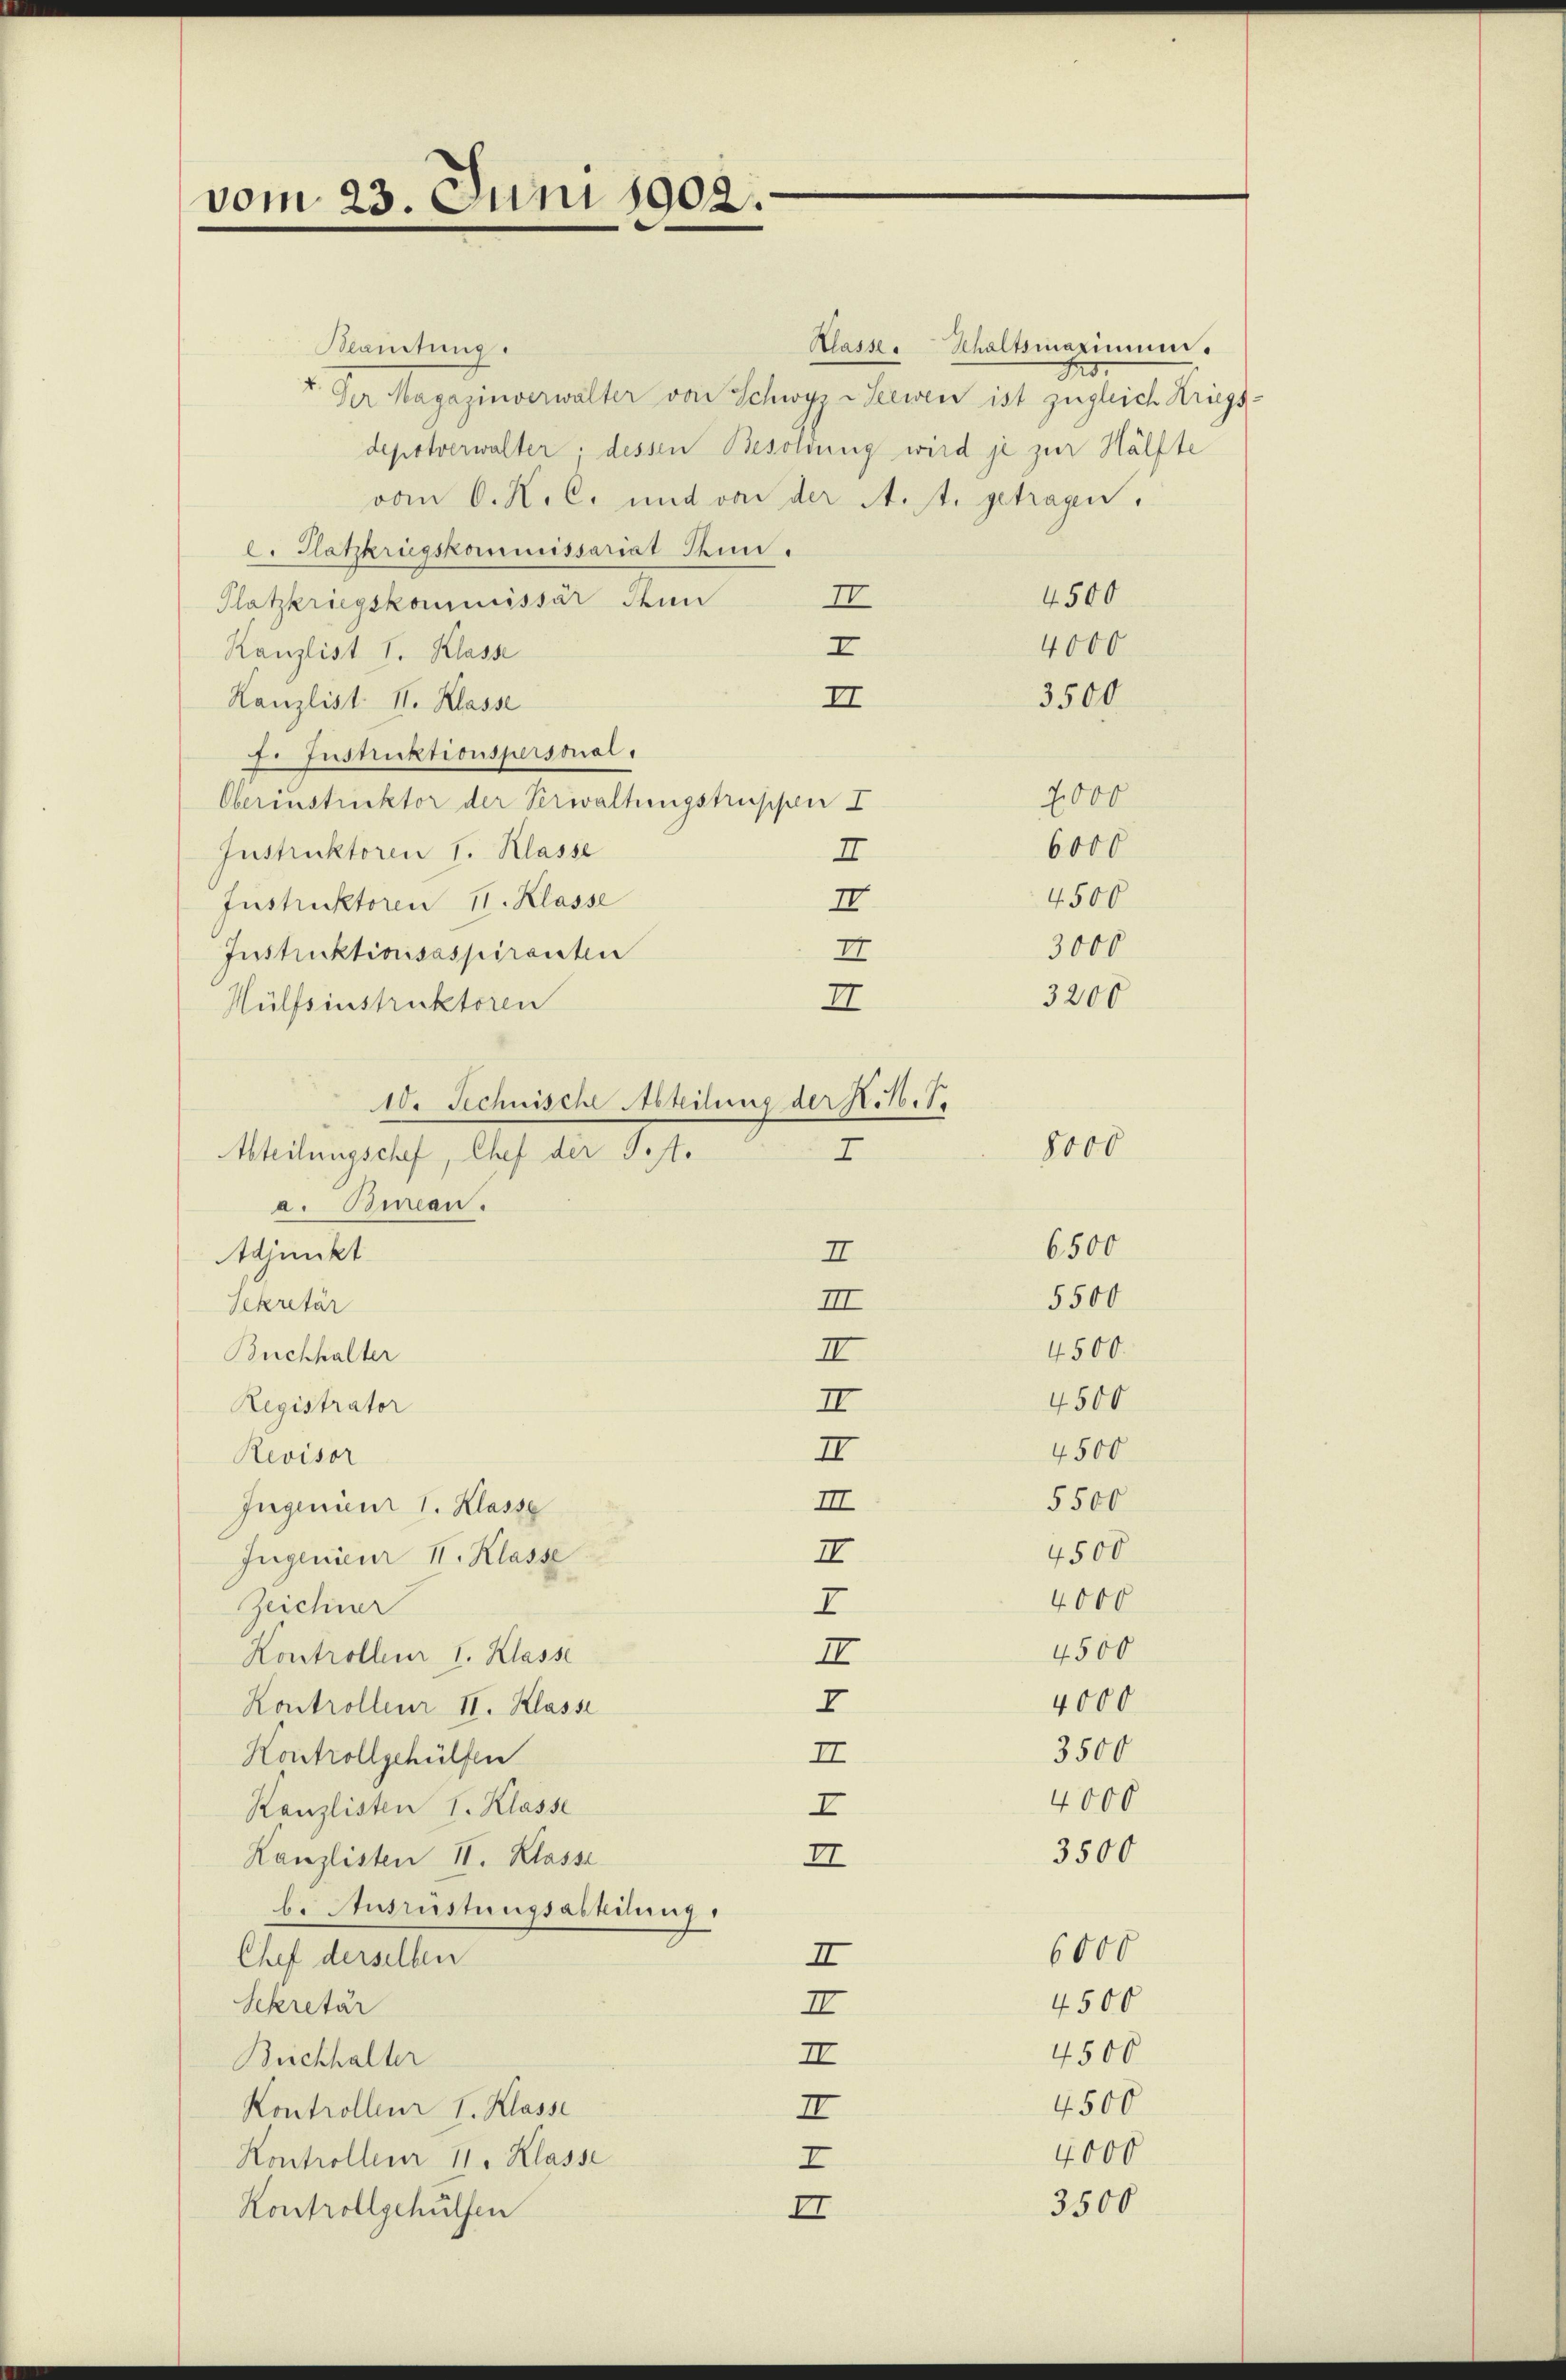
vom 23. Juni 1902.

Klamtung.
Klasse. Schaltsmaximum.
fes.
Der Magazinverwalter von Schwyz -Seewen ist zugleich Krieg,
depotverwalter: dessen Besoldung wird je zur Hälfte
vom 6. K. C. und von der A. t. getragen.
l. Hatkrügskommissariat Thun.
4500
II
Platzkriegskommissär Stun
4000
I
Kanzlist I. Klasse
3500
II
Kanzlist. II. Klasse
7. Instruktionspersonal
2,000
Oberinstruktor der Verwaltungstrassen I
6000
Instruktoren 1. Klasse
I
4500
Instruktoren 11. Klasse
II
3000
II
Instruktionsaspiranten
3200
Hülfsinstruktoren
Abteilungschef, Chef der Test.
a. Bureau.
Adjunkt
Sekretär
Buchhalter
Registrator
4500
II
Revisor
5500
III
Jugenieur 1. Klasse
4500
II
Ingenieur II. Klasse
4000
I
Zeichner
4500
II
Kontrolleur I. Klasse
4000
I
Kontrolleur II. Klasse
3500
II
Kontrollgehülfen
4000
I
Kanzlisten I. Klasse
3500
Kanzlisten II. Klasse
II
b. Ausrüstungsabtilung,
6000
II
Chef derselben
4500
II
Sekretär
4500
II
Buchhalter
4500
Kontrolleur I. Klasse
II
4000
Kontrollenr 11. Klasse
I
3500
Kontrollgehülfen
I

I
10. Technische Abteilung der N. N. 1.
8400
7
6500
I
5500
III
4500.
II
4500
II

.